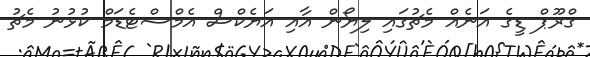
ގްރޫޕް ޑީގެ އަނެއް މެޗުގައި ލިޔޯން އާއި އަޔެކްސް އެމްސްޓެޑަމް ކުޅުނު މެޗު